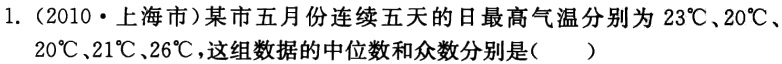
1.（2010·上海市）某市五月份连续五天的日最高气温分别为 \(23^{\circ}C\)、\(20^{\circ}C\)、\(20^{\circ}C\)、\(21^{\circ}C\)、\(26^{\circ}C\)，这组数据的中位数和众数分别是（  ）